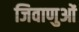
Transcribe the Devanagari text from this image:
जिवाणुओं